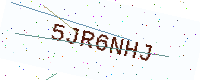
Text: 5JR6NHJ